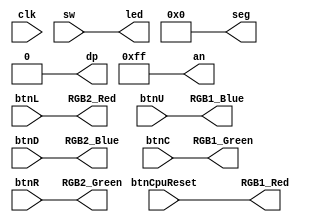
module nexys4
(
    input         clk,
    input  [15:0] sw,

    input         btnCpuReset,
    input         btnC,
    input         btnU,
    input         btnL,
    input         btnR,
    input         btnD,

    output [15:0] led,

    output        RGB1_Red,
    output        RGB1_Green,
    output        RGB1_Blue,
    output        RGB2_Red,
    output        RGB2_Green,
    output        RGB2_Blue,

    output [6:0] seg,
    output       dp,
    output [7:0] an
);

    assign led [ 0] = sw [ 0];
    assign led [ 1] = sw [ 1];
    assign led [ 2] = sw [ 2];
    assign led [ 3] = sw [ 3];
    assign led [ 4] = sw [ 4];
    assign led [ 5] = sw [ 5];
    assign led [ 6] = sw [ 6];
    assign led [ 7] = sw [ 7];
    assign led [ 8] = sw [ 8];
    assign led [ 9] = sw [ 9];
    assign led [10] = sw [10];
    assign led [11] = sw [11];
    assign led [12] = sw [12];
    assign led [13] = sw [13];
    assign led [14] = sw [14];
    assign led [15] = sw [15];

    assign RGB1_Red   = btnCpuReset;
    assign RGB1_Green = btnC;
    assign RGB1_Blue  = btnU;
    assign RGB2_Red   = btnL;
    assign RGB2_Green = btnR;
    assign RGB2_Blue  = btnD;

    assign seg = 7'b0;
    assign dp  = 1'b0;
    assign an  = 8'hff;

endmodule